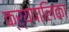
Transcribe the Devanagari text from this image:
क्र्यपालिका